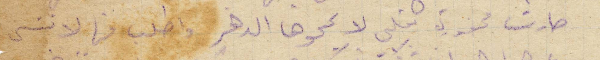
صارت محفورة بقلبي لا يمحوها الدهر واطلب منها لا تنسى